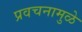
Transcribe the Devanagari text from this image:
प्रवचनामुळे